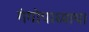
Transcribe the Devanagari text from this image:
गंगोपाध्याय।